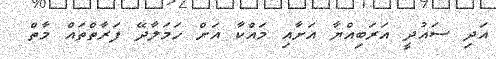
އަދި ސައުދީ އަރަބިއްޔާ އަށާއި މައްކާ އަށް ހަމަލާދޭ ފަރާތްތައް މާތް